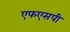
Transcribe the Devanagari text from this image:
एफएसपी